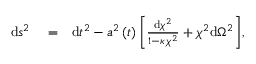
\begin{array} { r l r } { \mathrm { d } s ^ { 2 } } & { { } = } & { \mathrm { d } t ^ { 2 } - a ^ { 2 } \left( t \right) \bigg [ \frac { \mathrm { d } \chi ^ { 2 } } { 1 - \kappa \, \chi ^ { 2 } } + \chi ^ { 2 } \mathrm { d } \Omega ^ { 2 } \bigg ] , } \end{array}